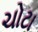
ચોટા